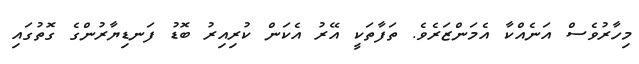
މިހާރުވެސް އަނެއްކާ އެމަންޒަރެވެ. ތަފާތަކީ އޭރު އެކަން ކުރިއިރު ބޮޑު ފަނޑިޔާރުންގެ ގޮތުގައި